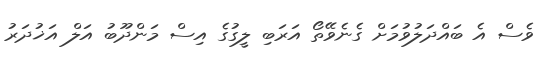
ވެސް އެ ބައްދަލުވުމަށް ގެނެވޭތޯ އަރަބި ލީގުގެ އިސް މަންދޫބު އަލް އަޚުދަރު